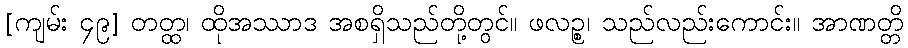
[ကျမ်း ၄၉] တတ္ထ၊ ထိုအဿာဒ အစရှိသည်တို့တွင်။ ဖလဉ္စ၊ သည်လည်းကောင်း။ အာဏတ္တိ